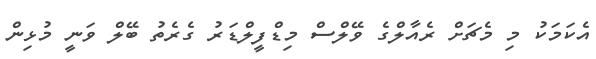
އެކަމަކު މި މެޗަށް ރެއާލްގެ ވޭލްސް މިޑްފީލްޑަރު ގެރެތު ބޭލް ވަނީ މުޅިން